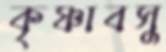
কৃষ্ণাবসু